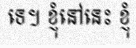
ទេ។ ខ្ញុំនៅនេះ ខ្ញុំ